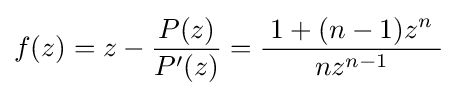
f(z)=z-{\frac {P(z)}{P'(z)}}={\frac {\;1+(n-1)z^{n}\;}{nz^{n-1}}}~